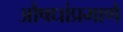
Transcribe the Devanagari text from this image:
औषधांप्रमाणे